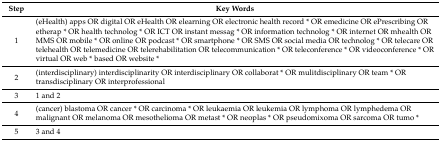
<table><thead><tr><td><b>Step</b></td><td><b>Key Words</b></td></tr></thead><tbody><tr><td>1</td><td>(eHealth) apps OR digital OR eHealth OR elearning OR electronic health record * OR emedicine OR ePrescribing OR etherap * OR health technolog * OR ICT OR instant messag * OR information technolog * OR internet OR mhealth OR MMS OR mobile * OR online OR podcast * OR smartphone * OR SMS OR social media OR technolog * OR telecare OR telehealth OR telemedicine OR telerehabilitation OR telecommunication * OR teleconference * OR videoconference * OR virtual OR web * based OR website *</td></tr><tr><td>2</td><td>(interdisciplinary) interdisciplinarity OR interdisciplinary OR collaborat * OR mulitdisciplinary OR team * OR transdisciplinary OR interprofessional</td></tr><tr><td>3</td><td>1 and 2</td></tr><tr><td>4</td><td>(cancer) blastoma OR cancer * OR carcinoma * OR leukaemia OR leukemia OR lymphoma OR lymphedema OR malignant OR melanoma OR mesothelioma OR metast * OR neoplas * OR pseudomixoma OR sarcoma OR tumo *</td></tr><tr><td>5</td><td>3 and 4</td></tr></tbody></table>